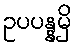
ဥပပန္နမှိ